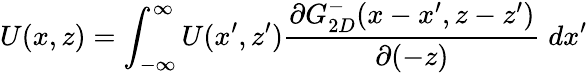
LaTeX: U(x,z)=\int_{-\infty}^{\infty}U(x^{\prime},z^{\prime})\frac{\partial G_{2D}^{-}(x-x^{\prime},z-z^{\prime})}{\partial(-z)}\; d{x^{\prime}}